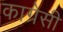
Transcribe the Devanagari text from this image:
काग्रेसी